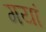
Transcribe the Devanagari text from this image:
गयां